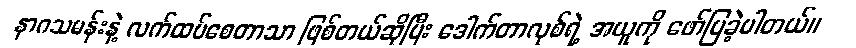
နာဂသမန်းနဲ့ လက်ထပ်စေတာသာ ဖြစ်တယ်ဆိုပြီး ဒေါက်တာလုစ်ရဲ့ အယူကို ဖော်ပြခဲ့ပါတယ်။